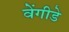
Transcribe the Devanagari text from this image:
वेंगीडे